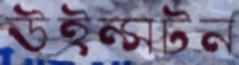
উইন্সটন